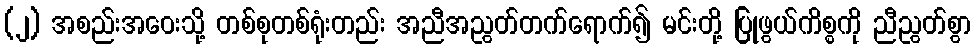
(၂) အစည်းအဝေးသို့ တစ်စုတစ်ရုံးတည်း အညီအညွတ်တက်ရောက်၍ မင်းတို့ ပြုဖွယ်ကိစ္စကို ညီညွတ်စွာ